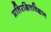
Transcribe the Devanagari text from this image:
प्रतिरक्षितविज्ञान